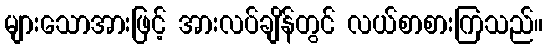
များသောအားဖြင့် အားလပ်ချိန်တွင် လယ်စာစားကြသည်။